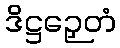
ဒိဋ္ဌဉှေတံ